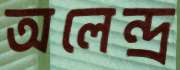
অলেন্দ্র